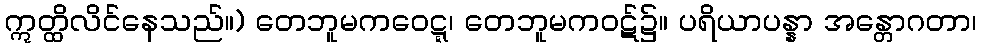
ဣတ္ထိလိင်နေသည်။) တေဘူမကဝေဋ္ဋ၊ တေဘူမကဝဋ်၌။ ပရိယာပန္နာ အန္တောဂတာ၊